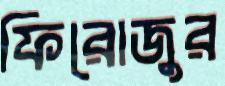
ফিরোজুর